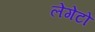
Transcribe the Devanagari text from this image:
लेगेटो